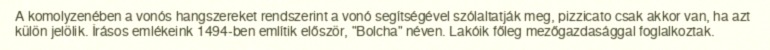
A komolyzenében a vonós hangszereket rendszerint a vonó segítségével szólaltatják meg, pizzicato csak akkor van, ha azt külön jelölik. Írásos emlékeink 1494-ben említik először, "Bolcha" néven. Lakóik főleg mezőgazdasággal foglalkoztak.